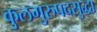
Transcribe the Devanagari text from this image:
कुलगुरुपदसुद्धा